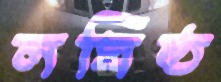
লঘিষ্ঠ